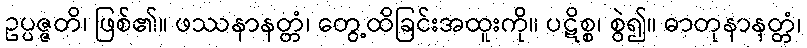
ဥပ္ပဇ္ဇတိ၊ ဖြစ်၏။ ဖဿနာနတ္တံ၊ တွေ့ထိခြင်းအထူးကို။ ပဋိစ္စ၊ စွဲ၍။ ဓာတုနာနတ္တံ၊